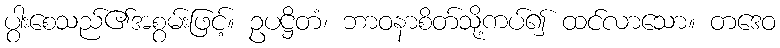
ပွါးစေသည်၏အစွမ်းဖြင့်။ ဥပဋ္ဌိတံ၊ ဘာဝနာစိတ်သို့ကပ်၍ ထင်လာသော။ တဒေဝ